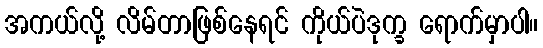
အကယ်လို့ လိမ်တာဖြစ်နေရင် ကိုယ်ပဲဒုက္ခ ရောက်မှာပါ။